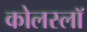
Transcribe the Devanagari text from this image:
कोलस्लॉ